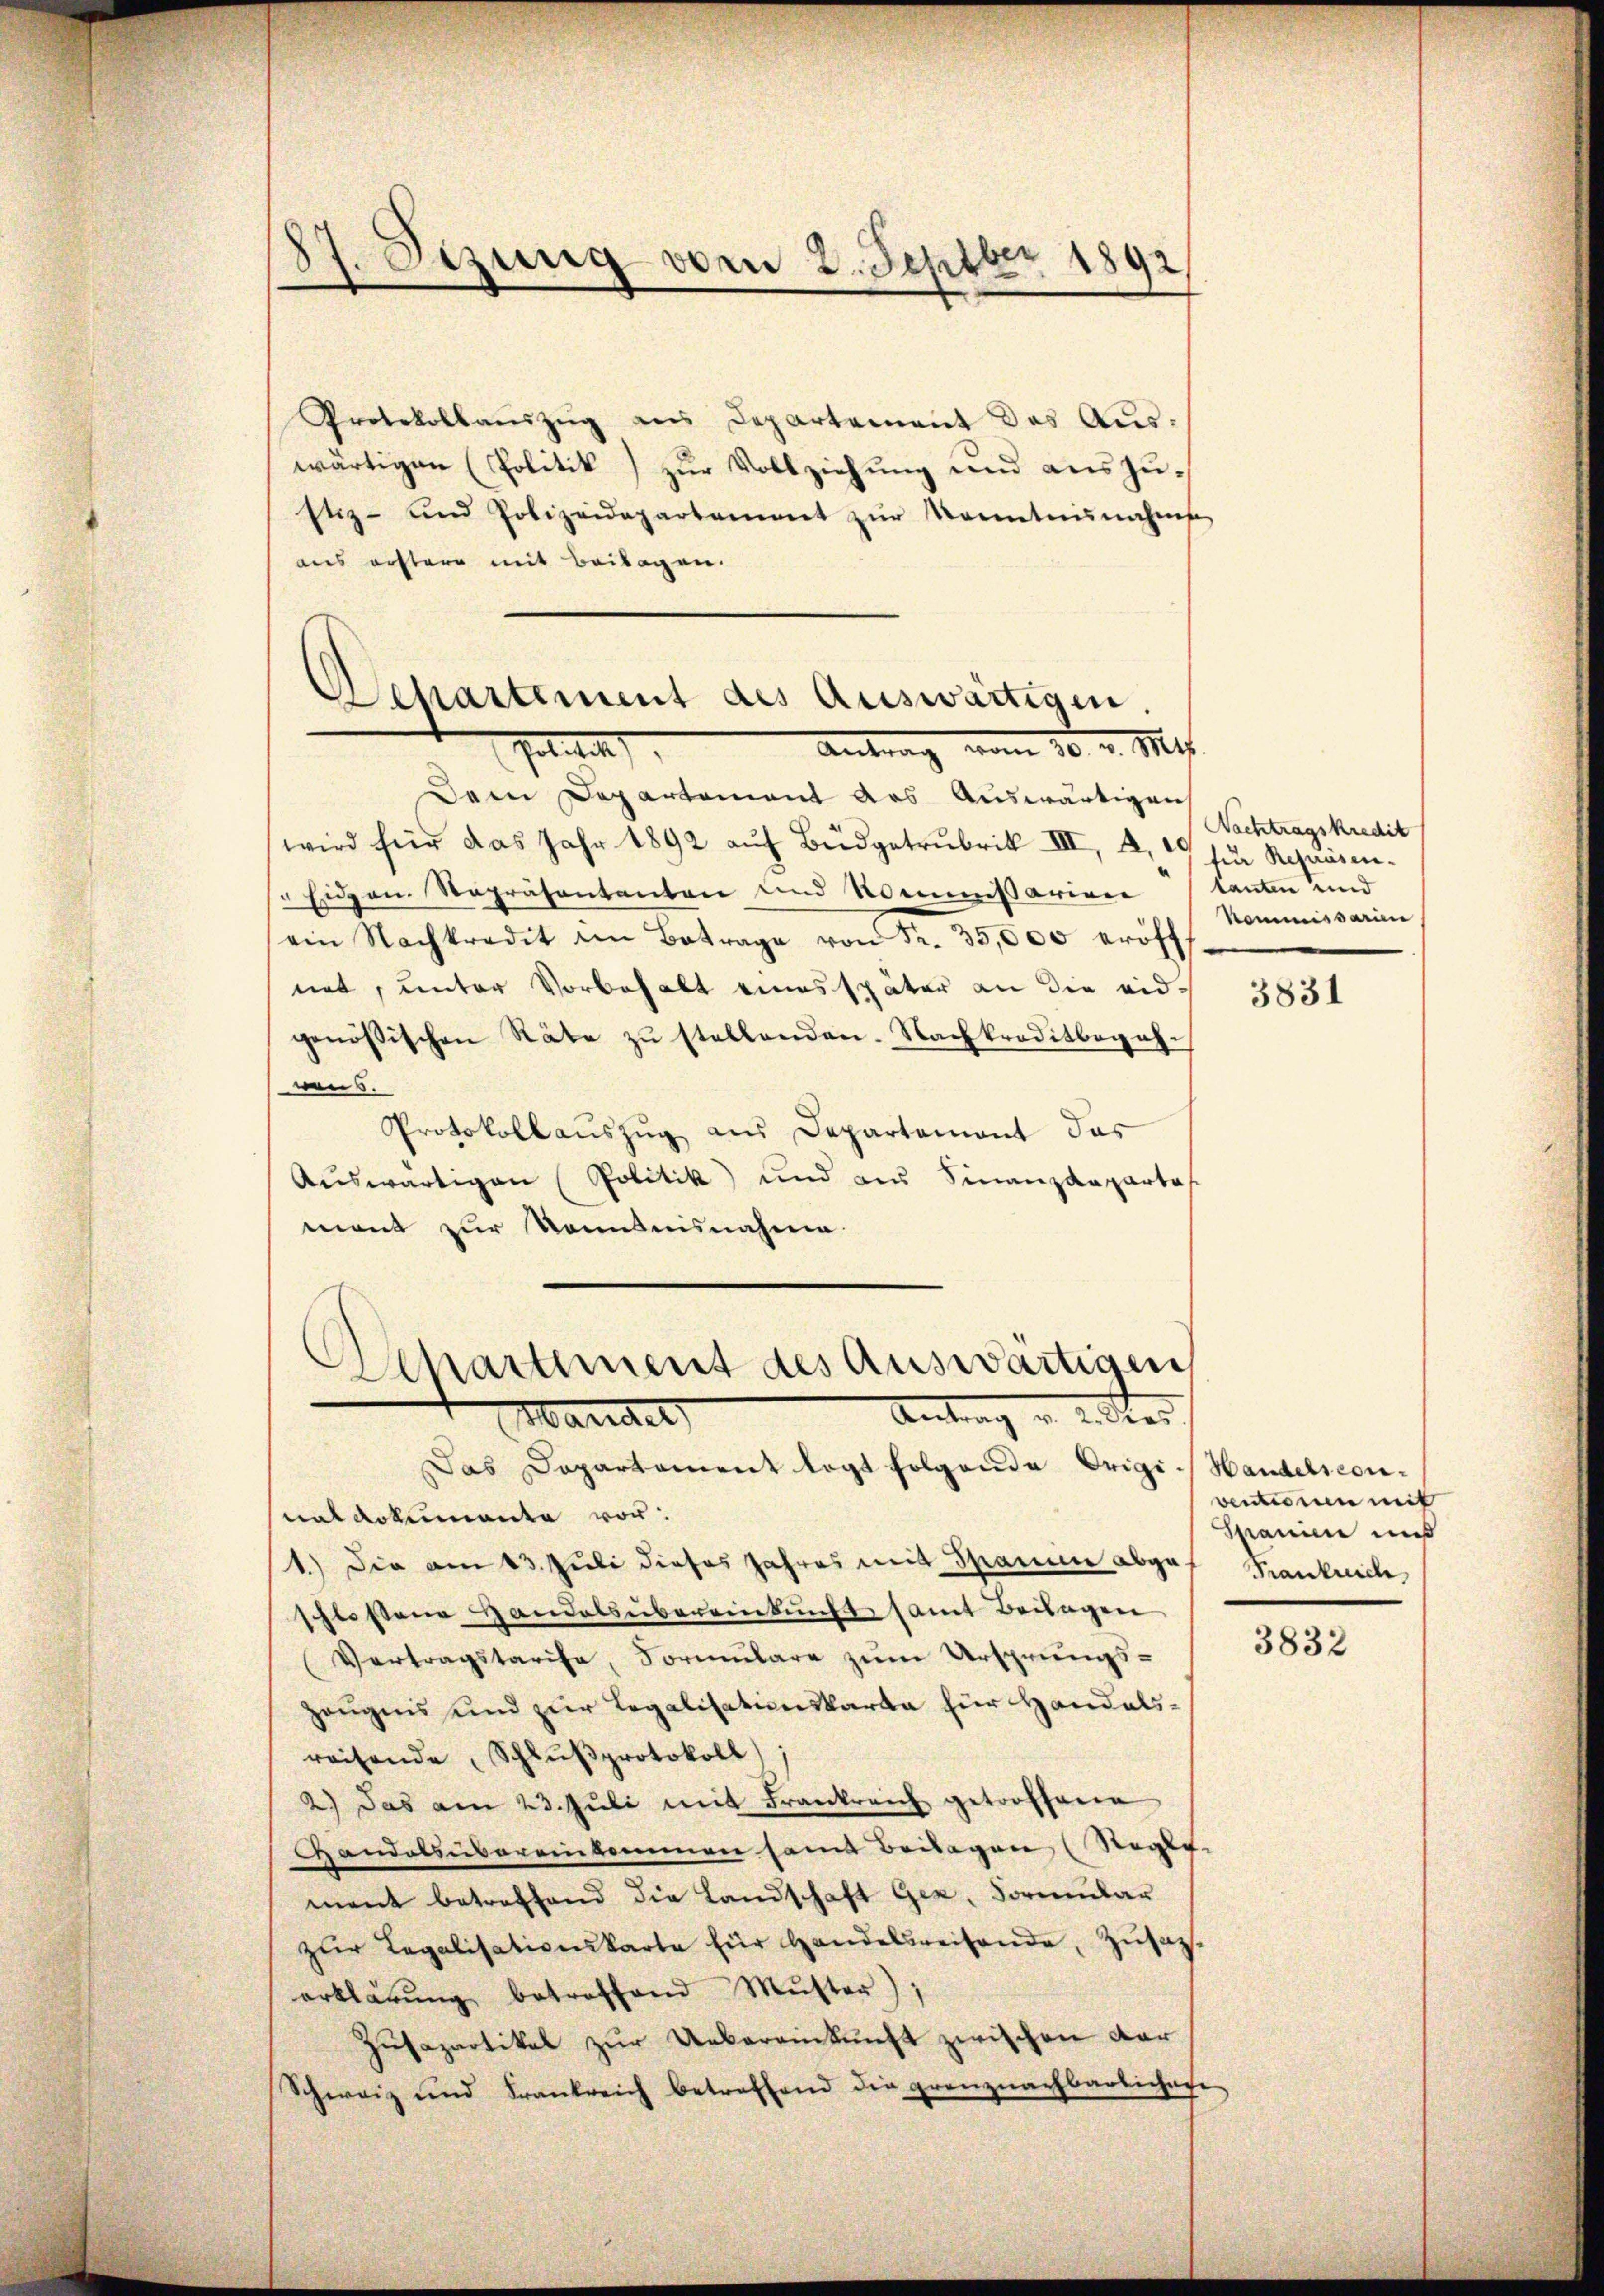
87. Sezung vom 2. Septbr 1892

Protokollaŭszŭg ans Departement das Aŭs-
wärtigen (Politik zur Vollziehung und auszustiz- und Polizeidepartement zŭr Kenntnisnahme
aus erstere mit Beilagen.
Separtement des Auswärtigen.
Antrag vom 25. v. Mts.
Politik

Dem Departement aus auswärtigen
wird für das Jahr 1892 aŭf Büdgetrubrik III, 2, für Repräsen-
" Eidgen. Repräsentanten und Kommissariere lauten und
ein Nachkredit im Betrage von Fr. 35,000 eröff-
net, unter Vorbehalt eines später an die eidgenössischen Räte zŭ stellenden. Nachkreditbegehwen 6.
Protokollaŭszŭg aus Departement das
Auswärtigen Politik und aus Finanzdepartas
mont zur Kenntnisnahme.

Aenartement des Auswärtigen,
Antrag v. 2. Ster
Mandel

Das Departament legt folgende Origi-Handelscon-
nal dokumente vor:
1.) Die am 13. Juli dieses Jahres mit Spanie abges. Frankreich,
schlossene Handels übereinkunft samt Beilagen
Vertragstarise, Formŭlare zŭm Ursprungs-
zeugens und zur Legalisationskarta für Handelsreisende Schlŭβprotokoll)
2.) Das am 23. Jŭli mit Frankreich getroffene
Handalsübereinkommen samt Beilagen (Regie-
mant betreffend die Landschaft Gex, Formular
zŭr Legalisativenskarte für Handelsreisende Zŭsatz.
erklärung betreffend Muster),
Zŭsapartikel zur Uebereinkunft zwischen dar
Schweiz und Frankreich betreffend die grenznachbarlichere

Nachtragskredit
Kommissarien

3831

ventionen mit
Spanien und

3832